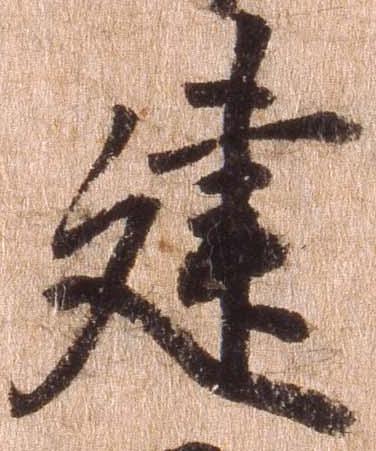
建